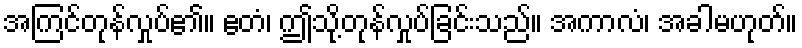
အကြင်တုန်လှုပ်၏။ ဧတံ၊ ဤသို့တုန်လှုပ်ခြင်းသည်။ အကာလံ၊ အခါမဟုတ်။